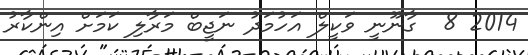
2014 8  ގާނޫނީ ވަކީލް އަހުމަދު ނަޖީބް މަރާލި ކަމަށް އިންކާރު